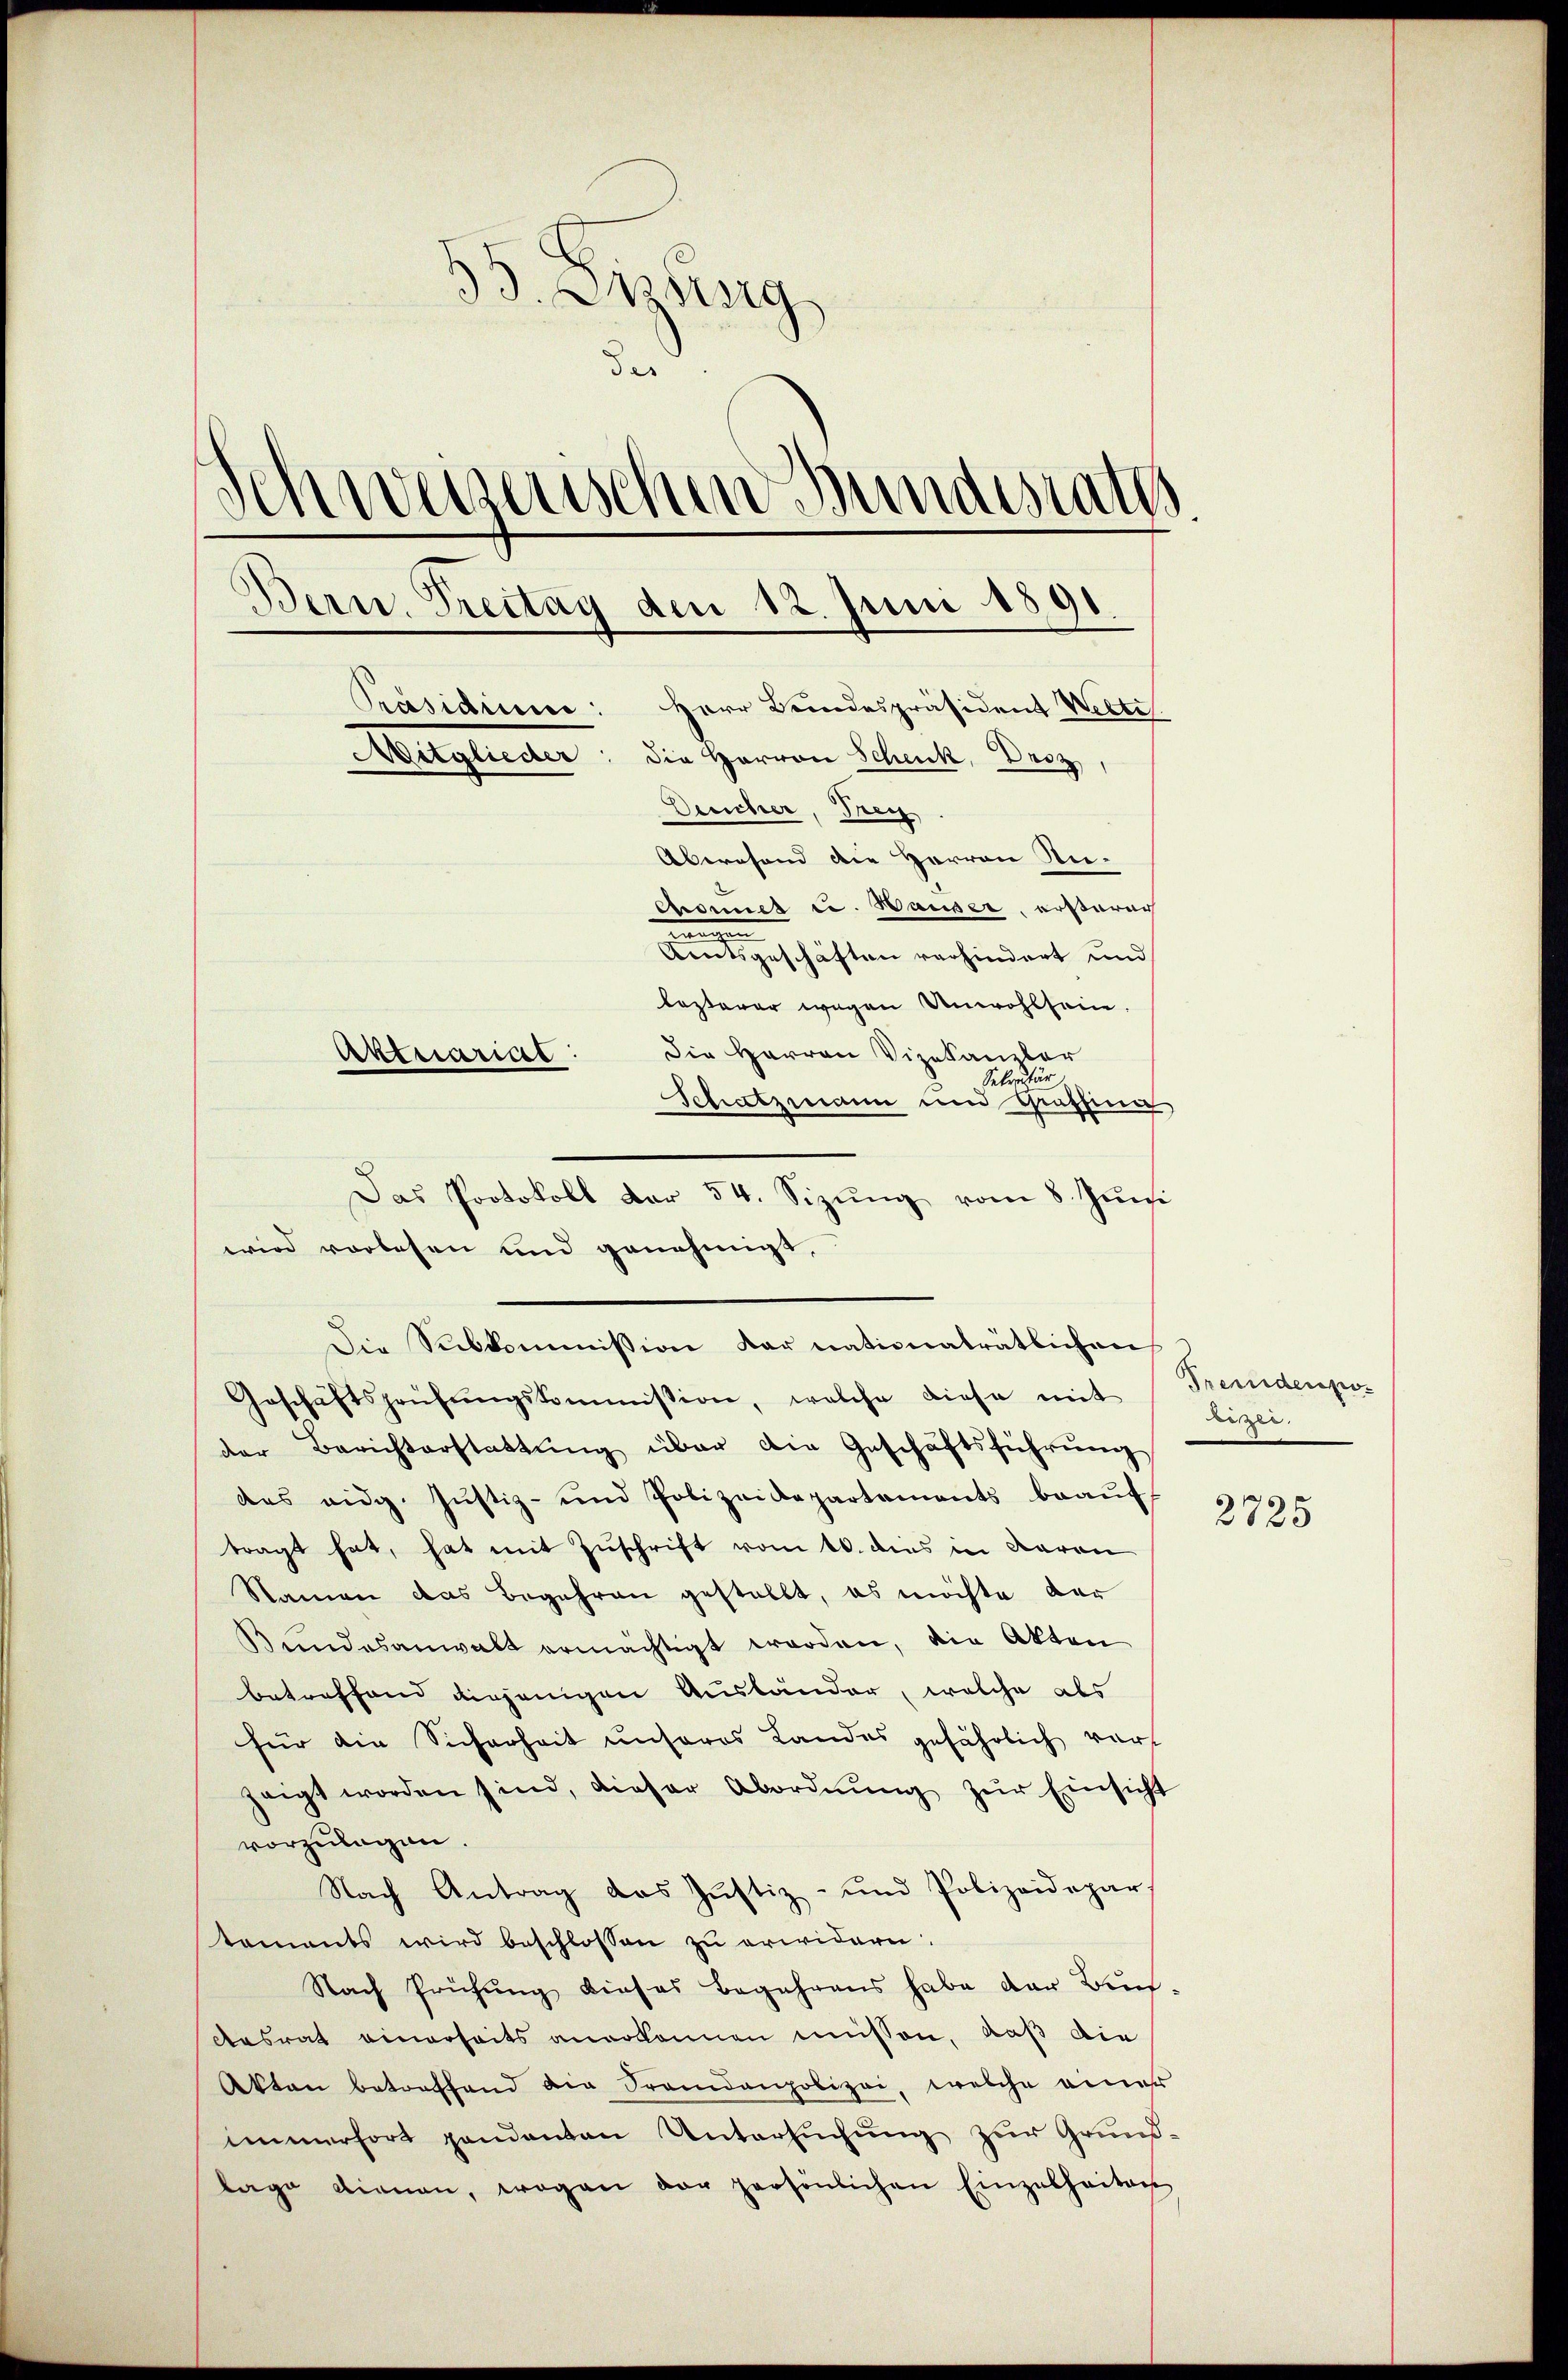
33. Zung
de
Ich weisenschen Bundesrath
Bern, Treitag den 12. Juni 1891.
Präsidium: Herr Bundespräsident Welte.
Mitglieder: die Herren Schenk, Droz,
Deeicher, Frey.
Abwesend die Herren An-
Chonnel ce. Hauser, ersteren
.
Centsgeschäften verhindert und
lezterer wegen Unwohlsein.
Die Herren Vizekanzler
Aktuariae:
Sekretär
Schatzmann und Gräthinn

wird vorlesen und genehmigt,
Die Subkommission darnationaträtlichen
Geschäftsprüfŭngskommission, welche diese mit
der Berichterstattŭng über die Geschäftsführung
das eidg. Jŭstiz- und Polizeidepartaments beaŭf
tragt hat, hat mit Zuschrift vom 10. dies in Baron
Namen das Begehren gestellt, es möchte der
Bundesanwalt ermächtigt worden, die Akten
betreffend diejenigen Ausländer, welche als
für die Sicherheit unseres Landes gefährlich vor
zeigt worden sind, dieser Abordnŭng zŭr Einsicht
vorzulagen
Nach Antrag das Justiz- und Polizeidepar
taments wird beschlossen zu erwidern.
Nach Prüfŭng dieses begehrens habe der Bun-
Aesrat einerseits anerkannen misson, daß die
Akten betroffend die Frandanpolizei, welche einer
immerfort gandanten Untersŭchŭng zur Grund-
lage dienen, wogen der persönlichen Einzelheiten

Das Protokoll der 54. Sizŭng vom 8. Juni

Fremdenpolizei.

2725